Indian journal of veterinary science and animal husbandry - Volumes 18-21, 1948-1951
Year: 1948
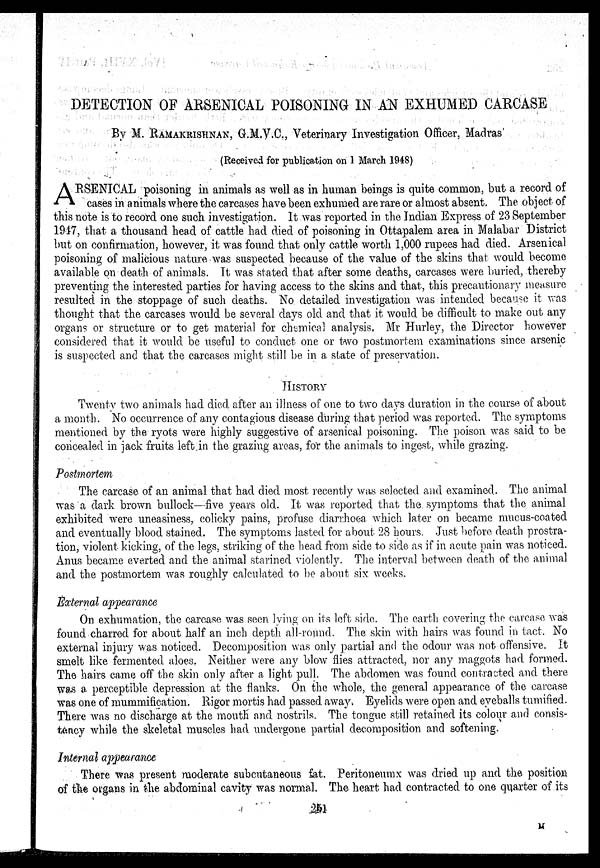
DETECTION OF ARSENICAL POISONING IN AN EXHUMED CARCASE
By M. RAMAKRISHNAN, G.M.V.C., Veterinary Investigation Officer. Madras
(Received for publication on 1 March 1948)
ARSENICAL poisoning in animals as well as in human beings is quite common, but a record of
cases in animals where the carcases have been exhumed are rare or almost absent. The object of
this note is to record one such investigation. It was reported in the Indian Express of 23 September
1947, that a thousand head of cattle had died of poisoning in Ottapalem area in Malabar District
but on confirmation, however, it was found that only cattle worth 1,000 rupees had died. Arsenical
poisoning of malicious nature was suspected because of the value of the skins that would become
available on death of animals. It was stated that after some deaths, carcases were buried, thereby
preventing the interested parties for having access to the skins and that, this precautionary measure
resulted in the stoppage of such deaths. No detailed investigation was intended because it was
thought that the carcases would be several days old and that it would be difficult to make out any
organs or structure or to get material for chemical analysis. Mr Hurley, the Director however
considered that it would be useful to conduct one or two postmortem examinations since arsenic
is suspected and that the carcases might still be in a state of preservation.
HISTORY
Twenty two animals had died after an illness of one to two days duration in the course of about
a month. No occurrence of any contagious disease during that period was reported. The symptoms
mentioned by the ryots were highly suggestive of arsenical poisoning. The poison was said to be
concealed in jack fruits left in the grazing areas, for the animals to ingest, while grazing.
Postmortem
The carcase of an animal that had died most recently was selected and examined. The animal
was a dark brown bullock—five years old. It was reported that the symptoms that the animal
exhibited were uneasiness, colicky pains, profuse diarrhoea which later on became mucus-coated
and eventually blood stained. The symptoms lasted for about 28 hours. Just before death prostra-
tion, violent kicking, of the legs, striking of the head from side to side as if in acute pain was noticed.
Anus became everted and the animal starined violently. The interval between death of the animal
and the postmortem was roughly calculated to be about six weeks.
External appearance
On exhumation, the carcase was seen lying on its left side. The earth covering the carcase was
found charred for about half an inch depth all-round. The skin with hairs was found in tact. No
external injury was noticed. Decomposition was only partial and the odour was not offensive. It
smelt like fermented aloes. Neither were any blow flies attracted, nor any maggots had formed.
The hairs came off the skin only after a light pull. The abdomen was found contracted and. there
was a perceptible depression at the flanks. On the whole, the general appearance of the carcase
was one of mummification. Rigor mortis had passed away. Eyelids were open and eyeballs tumified.
There was no discharge at the mouth and nostrils. The tongue still retained its colour and consis-
tency while the skeletal muscles had undergone partial decomposition and softening.
Internal appearance
There was present moderate subcutaneous fat. Peritoneumx was dried up and the position
of the organs in the abdominal cavity was normal. The heart had contracted to one quarter of its
251
M